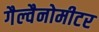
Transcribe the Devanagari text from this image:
गैल्वैनोमीटर